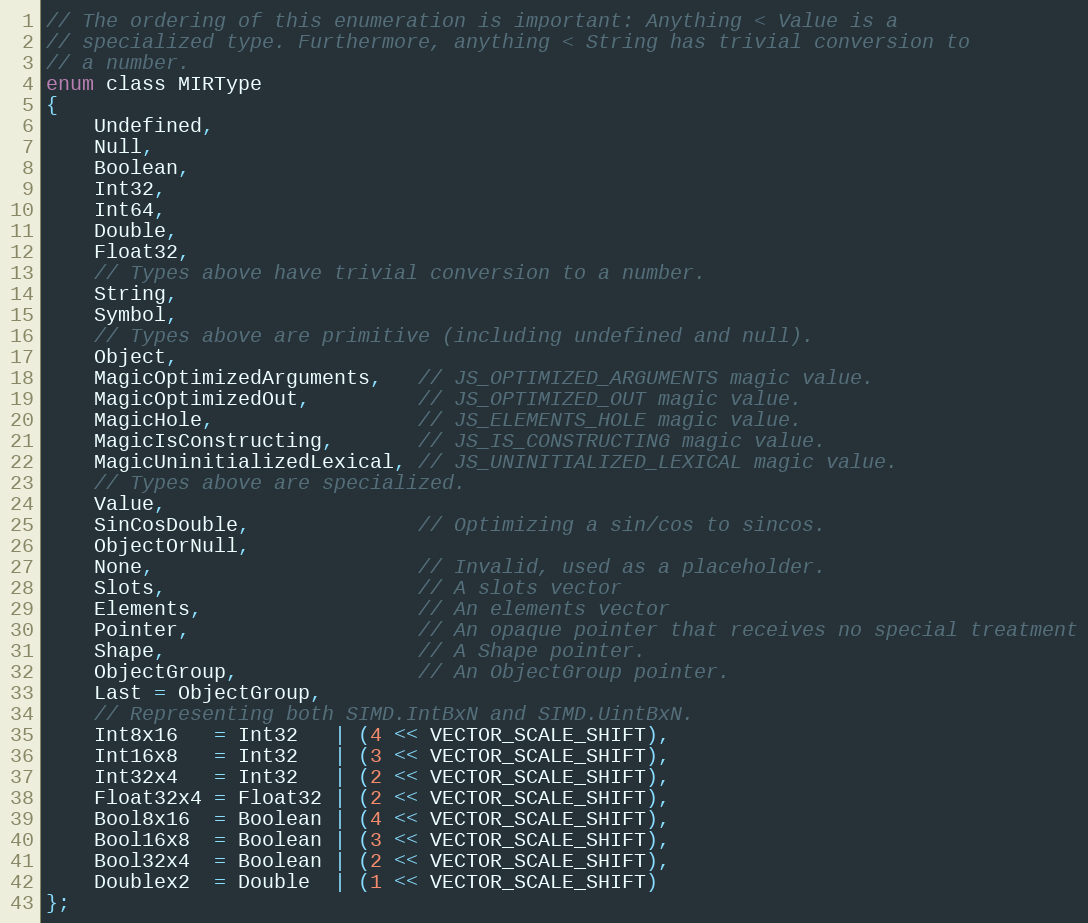
Language: C
// The ordering of this enumeration is important: Anything < Value is a
// specialized type. Furthermore, anything < String has trivial conversion to
// a number.
enum class MIRType
{
    Undefined,
    Null,
    Boolean,
    Int32,
    Int64,
    Double,
    Float32,
    // Types above have trivial conversion to a number.
    String,
    Symbol,
    // Types above are primitive (including undefined and null).
    Object,
    MagicOptimizedArguments,   // JS_OPTIMIZED_ARGUMENTS magic value.
    MagicOptimizedOut,         // JS_OPTIMIZED_OUT magic value.
    MagicHole,                 // JS_ELEMENTS_HOLE magic value.
    MagicIsConstructing,       // JS_IS_CONSTRUCTING magic value.
    MagicUninitializedLexical, // JS_UNINITIALIZED_LEXICAL magic value.
    // Types above are specialized.
    Value,
    SinCosDouble,              // Optimizing a sin/cos to sincos.
    ObjectOrNull,
    None,                      // Invalid, used as a placeholder.
    Slots,                     // A slots vector
    Elements,                  // An elements vector
    Pointer,                   // An opaque pointer that receives no special treatment
    Shape,                     // A Shape pointer.
    ObjectGroup,               // An ObjectGroup pointer.
    Last = ObjectGroup,
    // Representing both SIMD.IntBxN and SIMD.UintBxN.
    Int8x16   = Int32   | (4 << VECTOR_SCALE_SHIFT),
    Int16x8   = Int32   | (3 << VECTOR_SCALE_SHIFT),
    Int32x4   = Int32   | (2 << VECTOR_SCALE_SHIFT),
    Float32x4 = Float32 | (2 << VECTOR_SCALE_SHIFT),
    Bool8x16  = Boolean | (4 << VECTOR_SCALE_SHIFT),
    Bool16x8  = Boolean | (3 << VECTOR_SCALE_SHIFT),
    Bool32x4  = Boolean | (2 << VECTOR_SCALE_SHIFT),
    Doublex2  = Double  | (1 << VECTOR_SCALE_SHIFT)
};